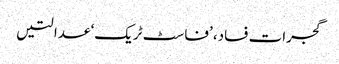
گجرات فساد، ’فاسٹ ٹریک‘ عدالتیں